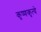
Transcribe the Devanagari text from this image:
कृष्णकृत्ये